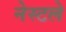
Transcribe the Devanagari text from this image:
नेस्टले